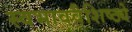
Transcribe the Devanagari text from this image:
स्वभाववैशिष्ठ्ये